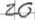
Text: 20